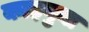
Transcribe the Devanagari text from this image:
काइगुना